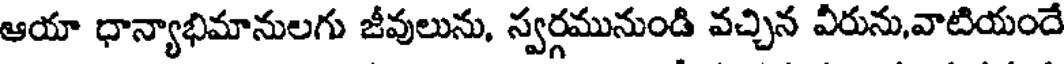
ఆయా ధాన్యాభిమానులగు జీవులును, స్వర్గమునుండి వచ్చిన విరును,వాటియందే